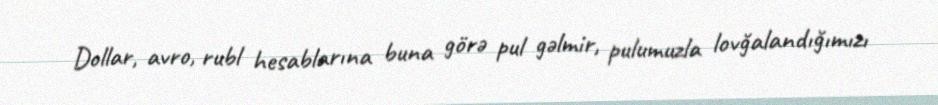
Dollar, avro, rubl hesablarına buna görə pul gəlmir, pulumuzla lovğalandığımızı